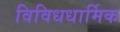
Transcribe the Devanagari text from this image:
विविधधार्मिक